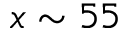
x \sim 5 5